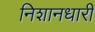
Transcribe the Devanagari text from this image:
निशानधारी